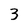
Character: 3